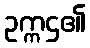
ဥက္ကဌ၏